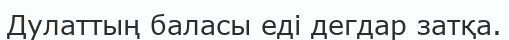
Дулаттың баласы еді дегдар затқа.